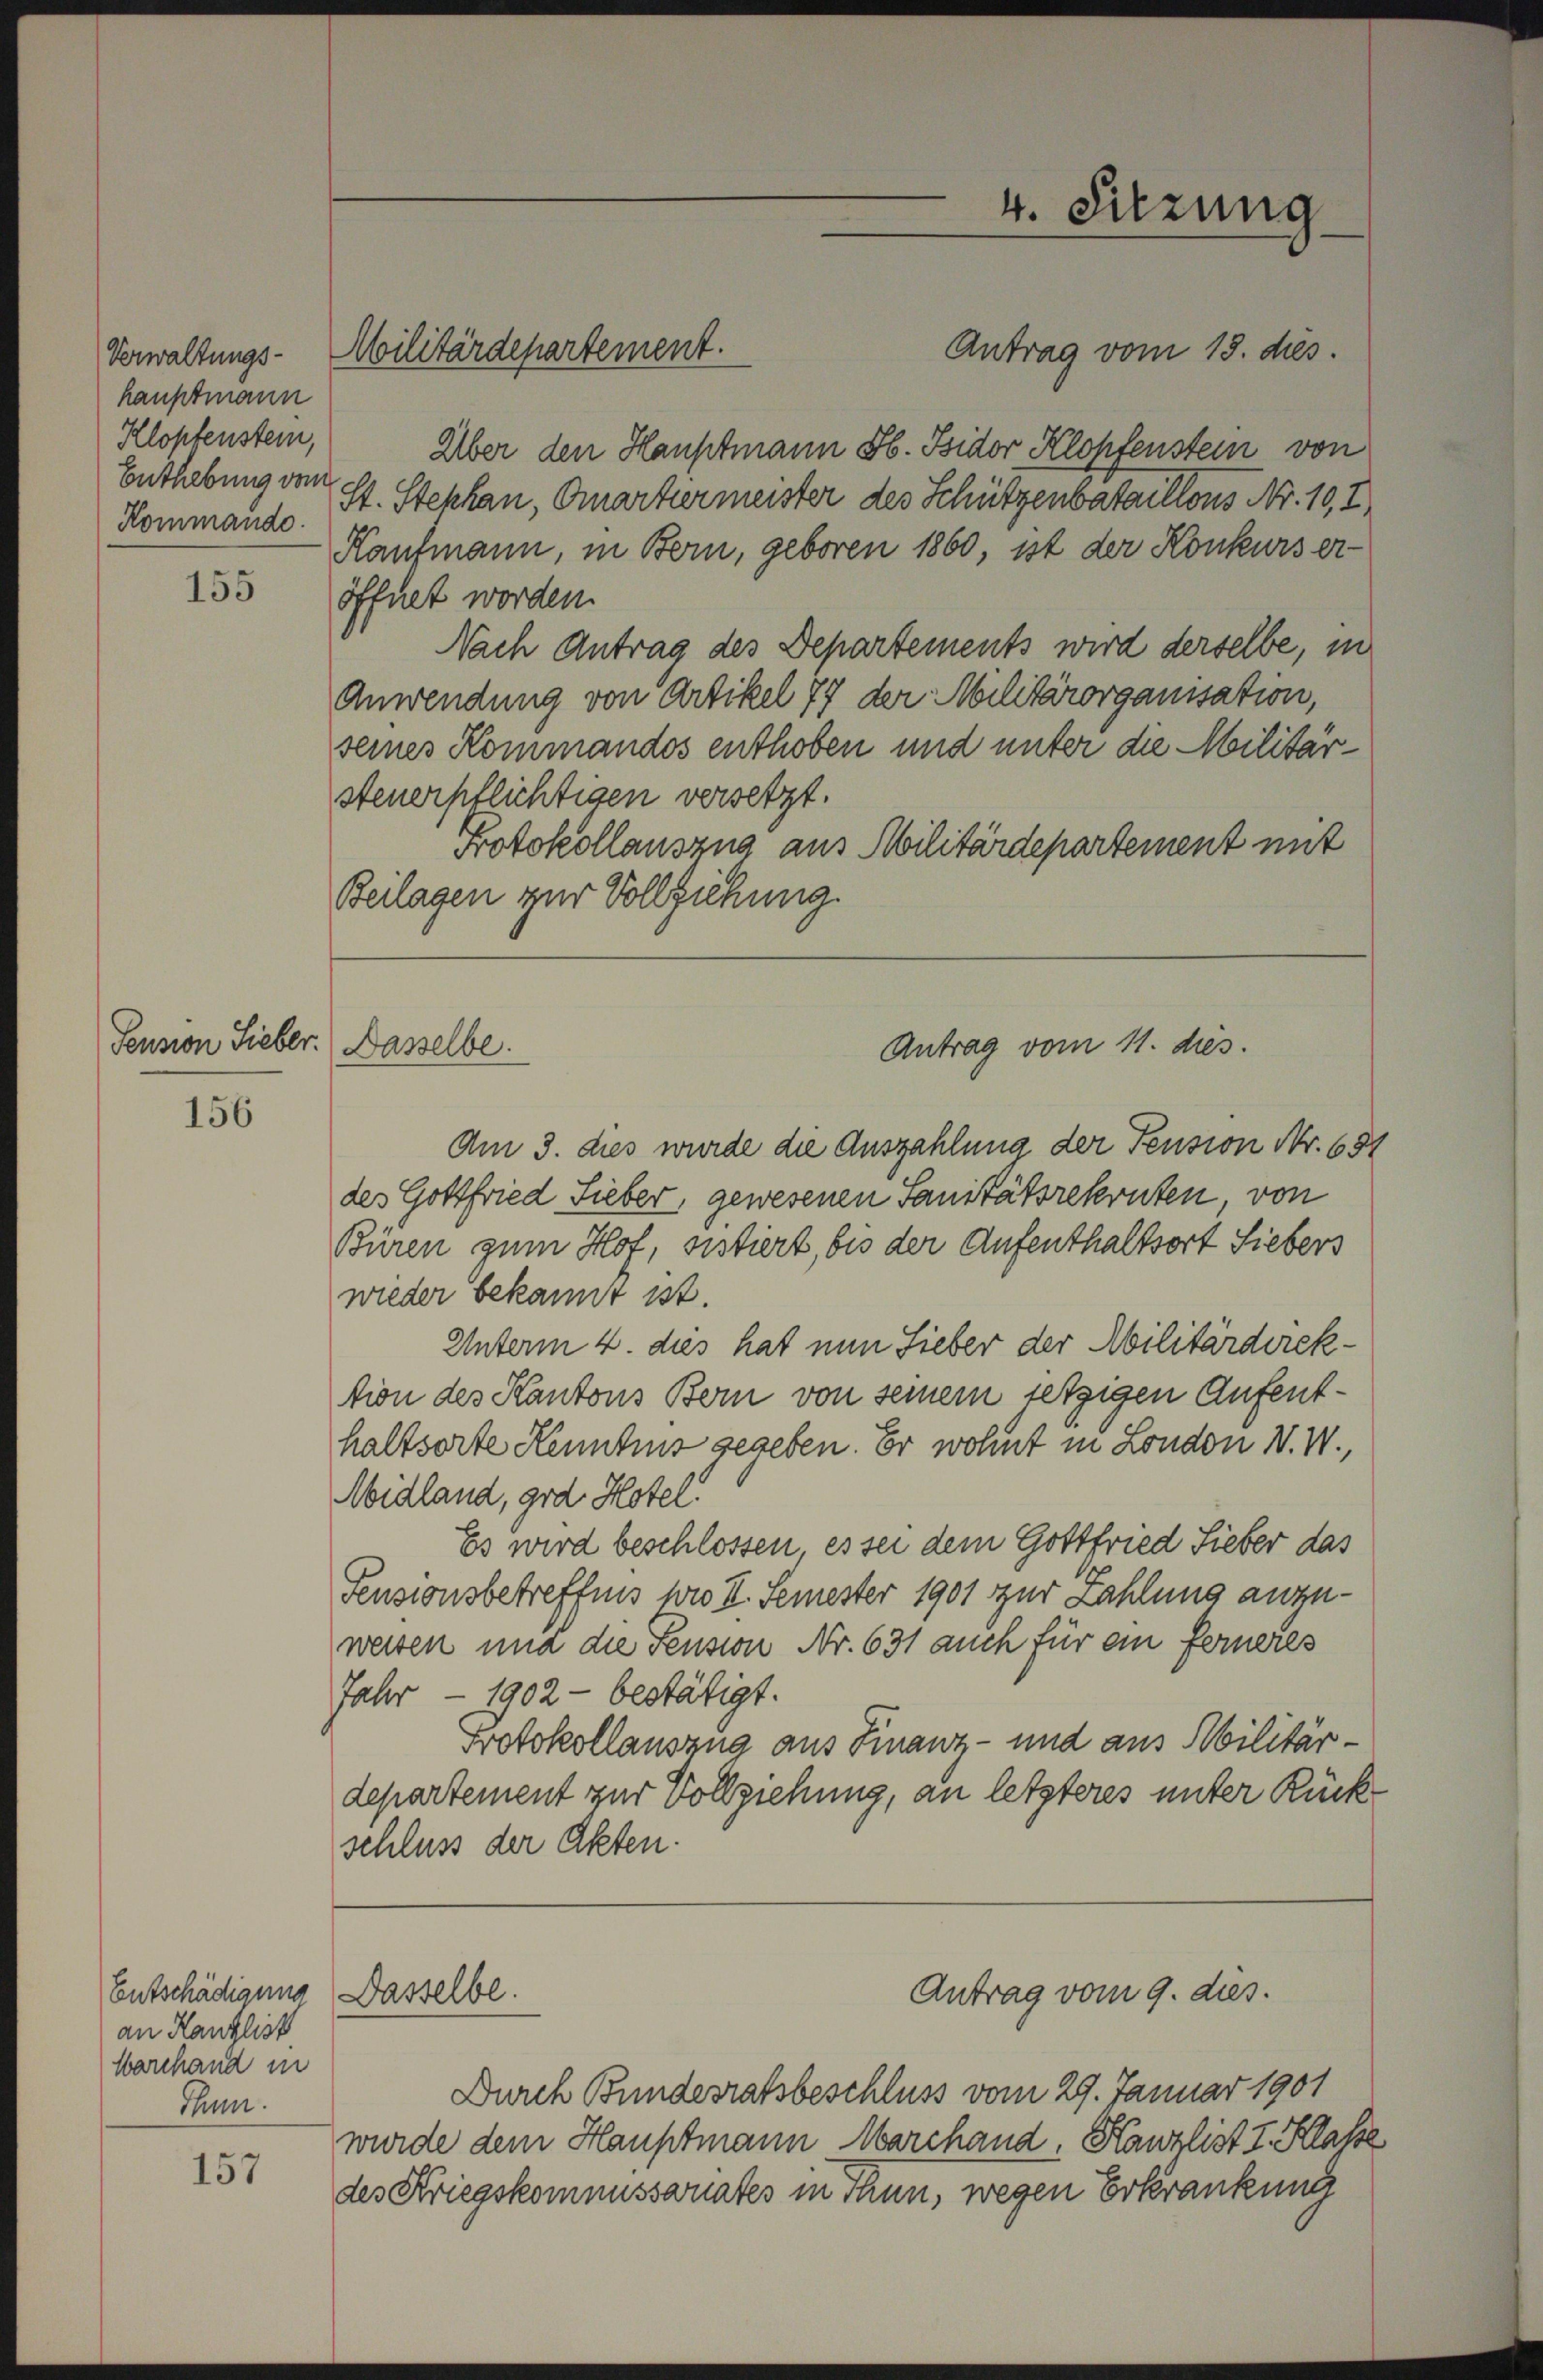
hauptmann
Klopfenstein,
Enthebung vom
Kommando.

155

156

Entschädigung
an Kanzlist
Warchand in
Thun.

157

Pension Lieber. (Dasselbe.

Über den Hauptmann S. Bsidor Klopfenstein von
St. Stekhan, Omartiermeister des Schützenbataillons Nr. 10, I.
Kaufmann, in Bern, geboren 1860, ist der Konkurs eröffnet worden.
Nach Antrag des Departements wird derselbe, in
Anwendung von Artikel 77 der Militärorganisation,
seines Kommandos enthoben und unter die Militärsteuerpflichtigen versetzt.
Protokollauszug aus Militärdepartement mit
Beilagen zur Vollziehung.

Verwaltungs- Militärdepartement.

Am 3. dies wurde die Auszahlung der Pension Nr. 691
des Gottfried Sieber, gewesenen Sanitätsrekruten von
Büren zum Hof, sistiert, bis der Aufenthaltsort Siebers
wieder bekannt ist.
Unterm 4. dies hat nun Sieber der Militärdirektion des Kantons Bern von seinem jetzigen Aufenthaltsorte Kenntnis gegeben. Er wohnt in London V. W.,
Midland, god Hotel.
Es wird beschlossen, es sei dem Gottfried Sieber das
Pensionsbetreffnis wie II. Semester 1901 zur Zahlung anzuweisen und die Pension Nr. 631 auch für ein ferneres
Jahr - 1902 - bestätigt.
Protokollauszug aus Finanz- und aus Militärdepartement zur Vollziehung, an letzteres unter Rück
schluss der Akten.

Dasselbe.

Durch Bundesratsbeschluss vom 29. Januar 1901
wurde dem Hauptmann Marchand. Kanzlist I. Klasse
des Kriegskommissariates in Thun, wegen Erkrankung

4. Sitzung
Antrag vom 15. dies

Antrag vom 11. dies.

Antrag vom 9. dies.